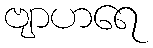
ဗျာဟရေ